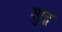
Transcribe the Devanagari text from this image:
शुद्ब